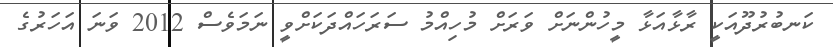
ކަނބުރުދޫއަކީ ރާޅާއަޅާ މީހުންނަށް ވަރަށް މުހިއްމު ސަރަހައްދަކަށްވީ ނަމަވެސް 2012 ވަނަ އަހަރުގެ